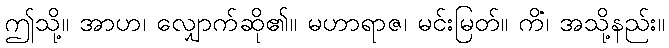
ဤသို့။ အာဟ၊ လျှောက်ဆို၏။ မဟာရာဇ၊ မင်းမြတ်။ ကိံ၊ အသို့နည်း။